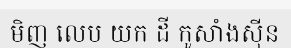
មិញ លេប យក ដី កូសាំងស៊ីន